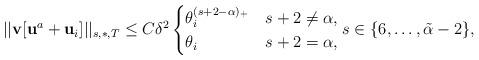
LaTeX: \begin{align*}||{\bf v}[{\bf u}^a+{\bf u}_{i}]||_{s,\ast,T}\le C\delta^2\begin{cases}\theta_i^{(s+2-\alpha)_+}&s+2\not=\alpha,\\\theta_i &s+2=\alpha,\end{cases}s\in\{6,\dots,\tilde{\alpha}-2\},\end{align*}